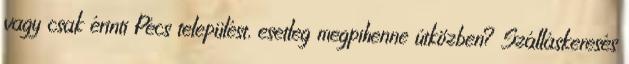
vagy csak érinti Pécs települést, esetleg megpihenne útközben? Szálláskeresés